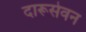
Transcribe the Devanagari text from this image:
दारूसेवन